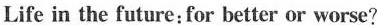
Life in the future：for better or worse?